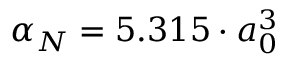
\alpha _ { N } = 5 . 3 1 5 \cdot a _ { 0 } ^ { 3 }